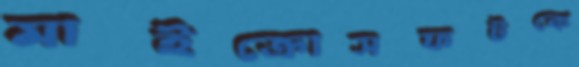
মাইক্রোসফটকে